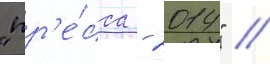
"пр'е́сса - 2014" /